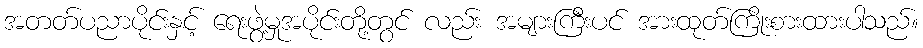
အတတ်ပညာပိုင်းနှင့် ရေးဖွဲ့မှုအပိုင်းတို့တွင် လည်း အများကြီးပင် အားထုတ်ကြိုးစားထားပါသည်။